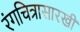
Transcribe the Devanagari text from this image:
रंगचित्रासारखी